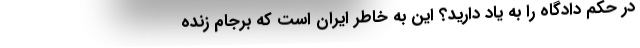
در حکم دادگاه را به یاد دارید؟ این به خاطر ایران است که برجام زنده